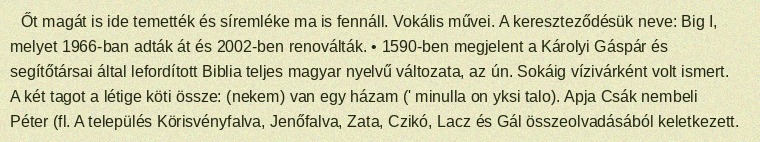
Őt magát is ide temették és síremléke ma is fennáll. Vokális művei. A kereszteződésük neve: Big I, melyet 1966-ban adták át és 2002-ben renoválták. • 1590-ben megjelent a Károlyi Gáspár és segítőtársai által lefordított Biblia teljes magyar nyelvű változata, az ún. Sokáig vízivárként volt ismert. A két tagot a létige köti össze: (nekem) van egy házam (' minulla on yksi talo). Apja Csák nembeli Péter (fl. A település Körisvényfalva, Jenőfalva, Zata, Czikó, Lacz és Gál összeolvadásából keletkezett.